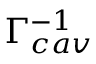
\Gamma _ { c a v } ^ { - 1 }